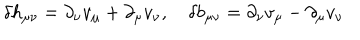
LaTeX: \delta h _ { \mu \nu } = \partial _ { \nu } v _ { \mu } + \partial _ { \mu } v _ { \nu } , \quad \delta b _ { \mu \nu } = \partial _ { \nu } v _ { \mu } - \partial _ { \mu } v _ { \nu }